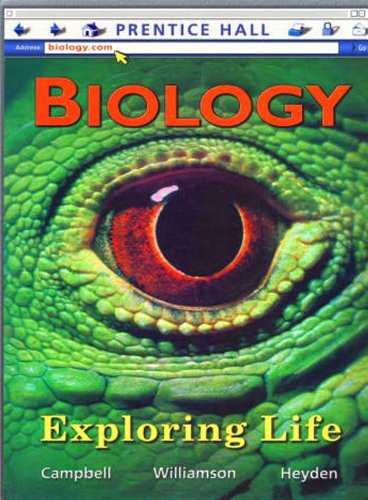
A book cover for Biology Exploring Life: Laboratory Manual; PRENTICE HALL; Teen & Young Adult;